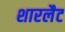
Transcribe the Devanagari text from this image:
शारलैट